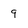
Character: 9